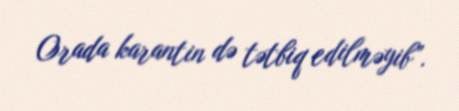
Orada karantin də tətbiq edilməyib”.